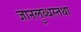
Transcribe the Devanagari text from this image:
ज्ञानलुब्धस्तथा